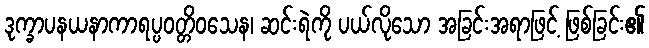
ဒုက္ခာပနယနာကာရပ္ပဝတ္တိဝသေန၊ ဆင်းရဲကို ပယ်လိုသော အခြင်းအရာဖြင့် ဖြစ်ခြင်း၏